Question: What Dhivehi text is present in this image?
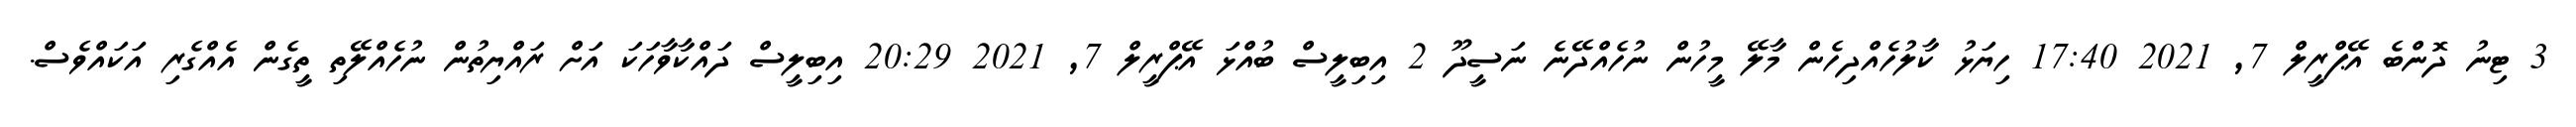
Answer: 3 ޓިނު ދޮންބެ އޭޕްރީލް 7, 2021 17:40 ހިޔަޅު ކާލުހެއްދިހެން މާލޭ މީހުން ނުހެއްދޭނެ ނަސީދޫ 2 އިބިލީސް ބުއްޅަ އޭޕްރީލް 7, 2021 20:29 އިބިލީސް ދައްކާވާހަކަ އަށް ރައްޔިތުން ނުހެއްލޭތި ތީގެން އެއްގެރި އަކައްވެސް.